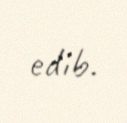
edib.